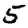
Digit: 5